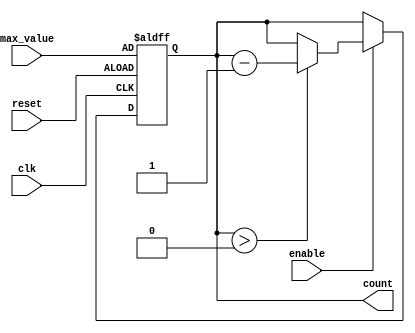
module down_counter (
    input wire clk,            // Clock signal
    input wire enable,         // Enable signal
    input wire reset,          // Asynchronous reset signal
    input wire [3:0] max_value, // Maximum value to count down from (4-bit for 0-15)
    output reg [3:0] count     // Current count value (4-bit)
);

    // Asynchronous reset
    always @(posedge clk or posedge reset) begin
        if (reset) begin
            count <= max_value; // Set counter to max_value on reset
        end else if (enable) begin
            if (count > 0) begin
                count <= count - 1; // Decrement counter if enable is high and count is not zero
            end
            // If count is zero, it remains zero (no wrap around)
        end
        // If enable is low, count retains its value
    end

endmodule